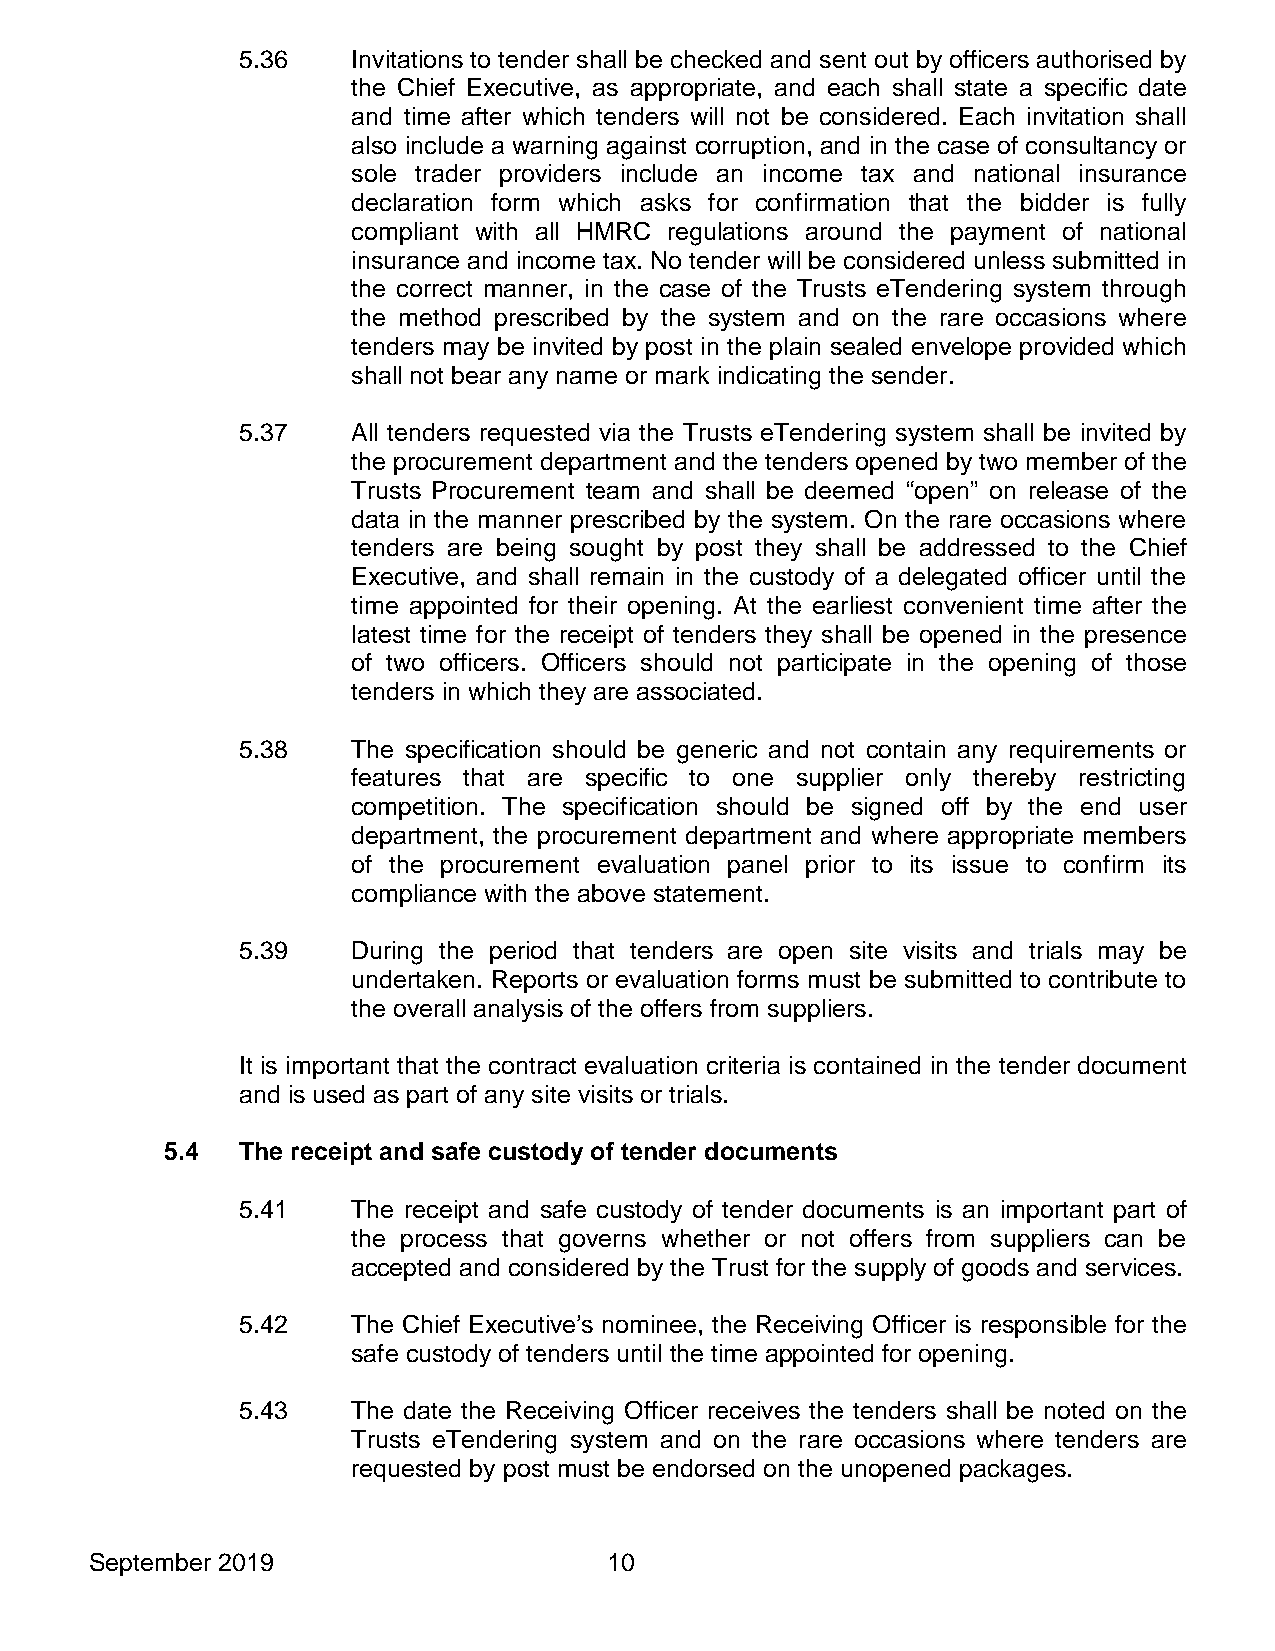
5.36   Invitations to tender shall be checked and sent out by officers authorised by
 the Chief Executive, as appropriate, and each shall state a specific date
 and time after which tenders will not be considered. Each invitation shall
 also include a warning against corruption, and in the case of consultancy or
 sole trader providers include an income tax and national insurance
 declaration form which asks for confirmation that the bidder is fully
 compliant with all HMRC regulations around the payment of national
 insurance and income tax. No tender will be considered unless submitted in
 the correct manner, in the case of the Trusts eTendering system through
 the method prescribed by the system and on the rare occasions where
 tenders may be invited by post in the plain sealed envelope provided which
 shall not bear any name or mark indicating the sender.
 5.37   All tenders requested via the Trusts eTendering system shall be invited by
 the procurement department and the tenders opened by two member of the
 Trusts Procurement team and shall be deemed “open” on release of the
 data in the manner prescribed by the system. On the rare occasions where
 tenders are being sought by post they shall be addressed to the Chief
 Executive, and shall remain in the custody of a delegated officer until the
 time appointed for their opening. At the earliest convenient time after the
 latest time for the receipt of tenders they shall be opened in the presence
 of two officers. Officers should not participate in the opening of those
 tenders in which they are associated.
 5.38   The specification should be generic and not contain any requirements or
 features that are specific to one supplier only thereby restricting
 competition. The specification should be signed off by the end user
 department, the procurement department and where appropriate members
 of the procurement evaluation panel prior to its issue to confirm its
 compliance with the above statement.
 5.39   During the period that tenders are open site visits and trials may be
 undertaken. Reports or evaluation forms must be submitted to contribute to
 the overall analysis of the offers from suppliers.
 It is important that the contract evaluation criteria is contained in the tender document
 and is used as part of any site visits or trials.
 5.4  The receipt and safe custody of tender documents
 5.41   The receipt and safe custody of tender documents is an important part of
 the process that governs whether or not offers from suppliers can be
 accepted and considered by the Trust for the supply of goods and services.
 5.42   The Chief Executive’s nominee, the Receiving Officer is responsible for the
 safe custody of tenders until the time appointed for opening.
 5.43   The date the Receiving Officer receives the tenders shall be noted on the
 Trusts eTendering system and on the rare occasions where tenders are
 requested by post must be endorsed on the unopened packages.
 September 2019                    10